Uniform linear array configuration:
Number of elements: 24
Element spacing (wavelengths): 0.5
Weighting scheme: blackman
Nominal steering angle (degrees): -60
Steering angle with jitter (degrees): -61.589
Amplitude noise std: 0.05
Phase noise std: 0.05

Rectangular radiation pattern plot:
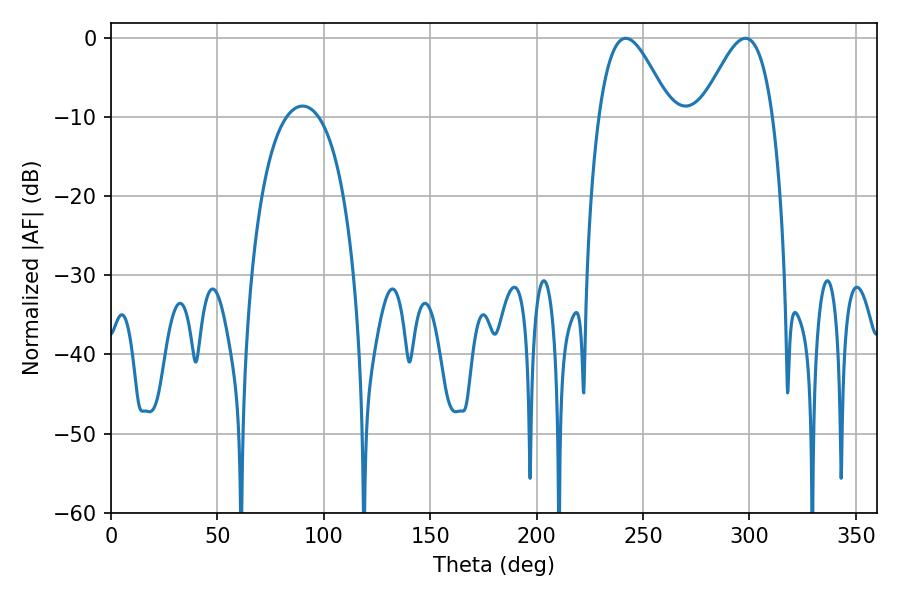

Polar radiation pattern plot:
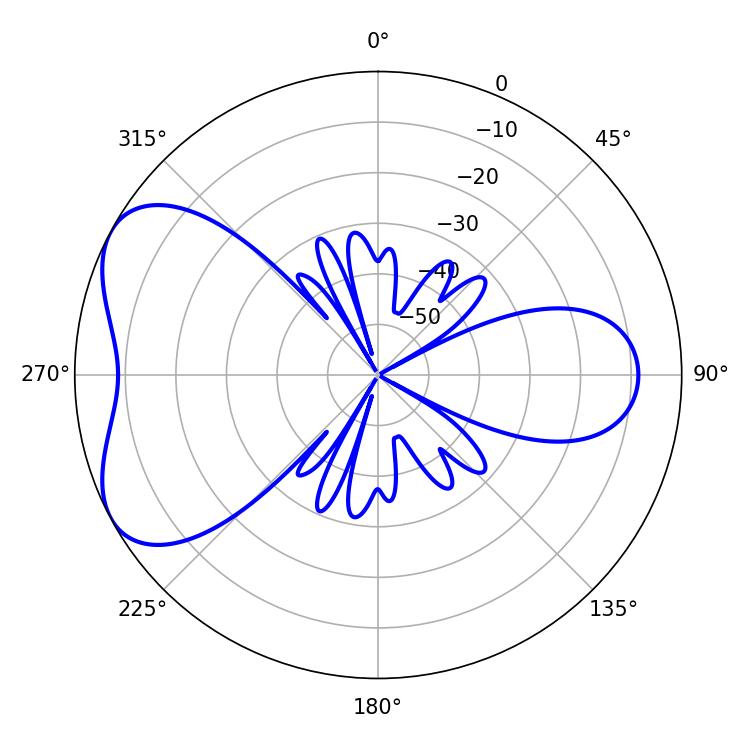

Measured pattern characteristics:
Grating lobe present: FALSE
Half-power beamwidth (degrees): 18
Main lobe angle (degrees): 241.92